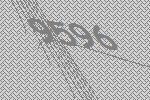
9596